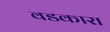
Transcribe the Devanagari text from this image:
वडकारा